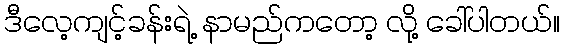
ဒီလေ့ကျင့်ခန်းရဲ့ နာမည်ကတော့ လို့ ခေါ်ပါတယ်။